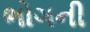
ભોગની